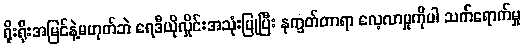
ရိုးရိုးအမြင်နဲ့မဟုတ်ဘဲ ရေဒီယိုလှိုင်းအသုံးပြုပြီး နက္ခတ်တာရာ လေ့လာမှုကိုပါ သက်ရောက်မှု